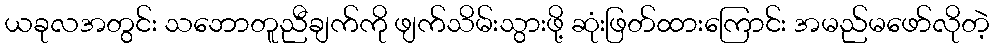
ယခုလအတွင်း သဘောတူညီချက်ကို ဖျက်သိမ်းသွားဖို့ ဆုံးဖြတ်ထားကြောင်း အမည်မဖော်လိုတဲ့